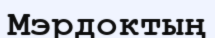
Мэрдоктың